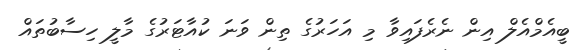
ބީއެމްއެލް އިން ނެރެފައިވާ މި އަހަރުގެ ތިން ވަނަ ކުއާޓަރުގެ މާލީ ހިސާބުތައް